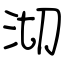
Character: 沏